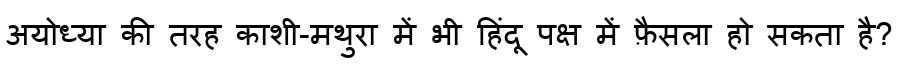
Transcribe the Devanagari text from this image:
अयोध्या की तरह काशी-मथुरा में भी हिंदू पक्ष में फ़ैसला हो सकता है?